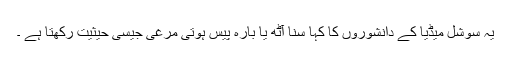
یہ سوشل میڈیا کے دانشوروں کا کہا سنا آٹھ یا بارہ پیس ہوتی مرغی جیسی حیثیت رکھتا ہے ۔